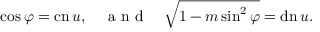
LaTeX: \cos \varphi = \operatorname { c n } u , \quad { \textrm { a n d } } \quad { \sqrt { 1 - m \sin ^ { 2 } \varphi } } = \operatorname { d n } u .